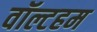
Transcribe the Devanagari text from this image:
वॉल्टहम